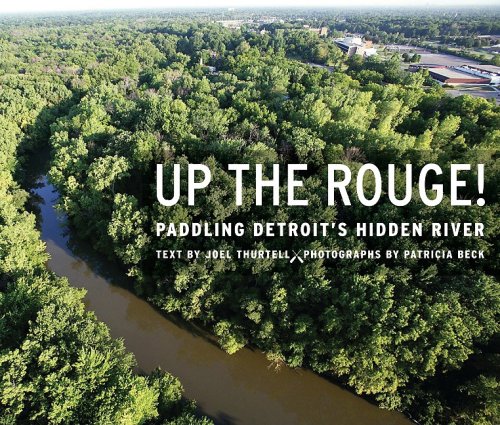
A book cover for Up the Rouge!: Paddling Detroit's Hidden River (A Painted Turtle Book); Joel Thurtell; Travel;